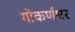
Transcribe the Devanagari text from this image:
गोकर्णश्वर